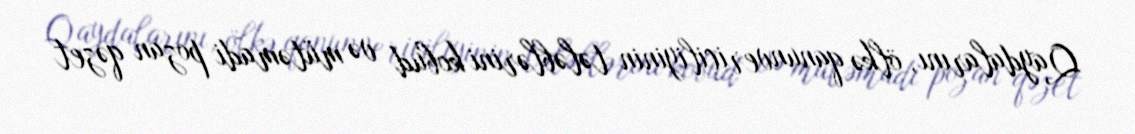
Qaydalarını, ölkə qanunvericiliyinin tələblərini kobud və mütəmadi pozan qəzet